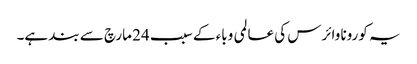
یہ کورونا وائرس کی عالمی وباء کے سبب 24 مارچ سے بند ہے۔